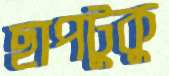
ছাপটুকু